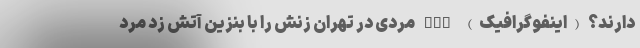
دارند؟ (اینفوگرافیک) nan مردی در تهران زنش را با بنزین آتش زد مرد